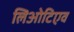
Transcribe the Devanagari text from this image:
लिओटिएव